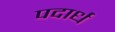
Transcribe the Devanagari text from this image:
पदार्ध